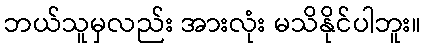
ဘယ်သူမှလည်း အားလုံး မသိနိုင်ပါဘူး။